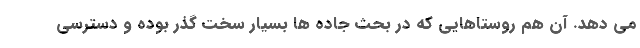
می دهد. آن هم روستاهایی که در بحث جاده ها بسیار سخت گذر بوده و دسترسی